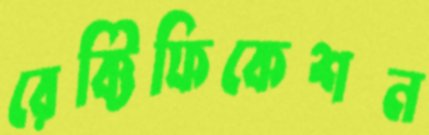
রেক্টিফিকেশন